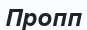
Пропп